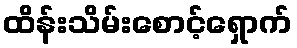
ထိန်းသိမ်းစောင့်ရှောက်